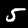
Label: 5